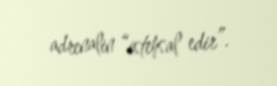
adrenalin “istehsal edir”.